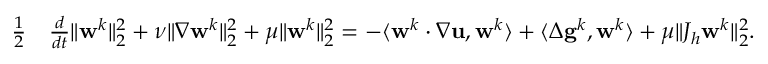
\begin{array} { r l } { \frac { 1 } 2 } & { \frac { d } { d t } \| \mathbf { w } ^ { k } \| _ { 2 } ^ { 2 } + \nu \| \nabla \mathbf { w } ^ { k } \| _ { 2 } ^ { 2 } + \mu \| \mathbf { w } ^ { k } \| _ { 2 } ^ { 2 } = - \langle \mathbf { w } ^ { k } \cdotp \nabla \mathbf { u } , \mathbf { w } ^ { k } \rangle + \langle \Delta \mathbf { g } ^ { k } , \mathbf { w } ^ { k } \rangle + \mu \| J _ { h } \mathbf { w } ^ { k } \| _ { 2 } ^ { 2 } . } \end{array}